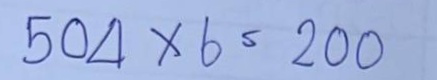
504 x 6 = 200